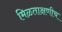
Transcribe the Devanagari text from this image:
मिळताक्षणीच